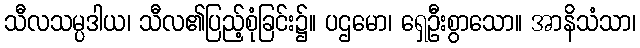
သီလသမ္ပဒါယ၊ သီလ၏ပြည့်စုံခြင်း၌။ ပဌမော၊ ရှေဦးစွာသော။ အာနိသံသာ၊